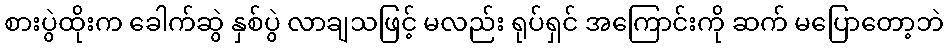
စားပွဲထိုးက ခေါက်ဆွဲ နှစ်ပွဲ လာချသဖြင့် မလည်း ရုပ်ရှင် အကြောင်းကို ဆက် မပြောတော့ဘဲ